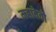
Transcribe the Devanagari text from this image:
महादेवो